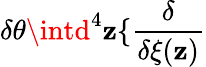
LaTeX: \delta\theta\intd^{4}\mathbf{z}\{ \frac{{\delta}}{{\delta\xi(\mathbf{z})}}